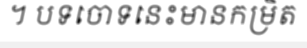
។ បទចោទនេះមានកម្រិត